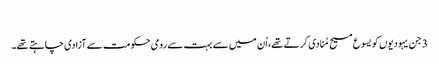
‏
3 جن یہودیوں کو یسوع مسیح مُنادی کرتے تھے،‏ اُن میں سے بہت سے رومی حکومت سے آزادی چاہتے تھے۔